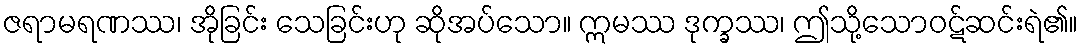
ဇရာမရဏဿ၊ အိုခြင်း သေခြင်းဟု ဆိုအပ်သော။ ဣမဿ ဒုက္ခဿ၊ ဤသို့သောဝဋ်ဆင်းရဲ၏။